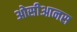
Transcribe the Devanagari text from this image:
ओसीआनस